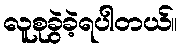
လူစုခွဲခဲ့ရပါတယ်။